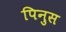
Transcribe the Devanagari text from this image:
पिनुस